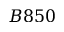
B 8 5 0